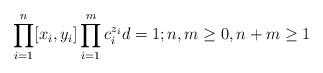
LaTeX: \begin{align*}\prod_{i=1}^n[x_i,y_i]\prod_{i=1}^mc_i^{z_i}d=1; n,m\geq 0,n+m\geq 1\end{align*}